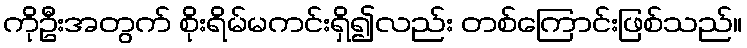
ကိုဦးအတွက် စိုးရိမ်မကင်းရှိ၍လည်း တစ်ကြောင်းဖြစ်သည်။